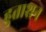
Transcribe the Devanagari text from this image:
हुताशन